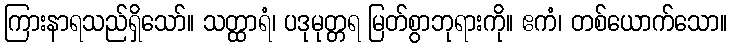
ကြားနာရသည်ရှိသော်။ သတ္ထာရံ၊ ပဒုမုတ္တရ မြတ်စွာဘုရားကို။ ဧကံ၊ တစ်ယောက်သော။